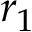
r _ { 1 }